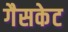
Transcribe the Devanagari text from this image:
गैसकेट